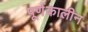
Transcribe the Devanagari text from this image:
पूर्णकालीन